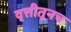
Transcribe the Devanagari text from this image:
वृत्तीतूनच